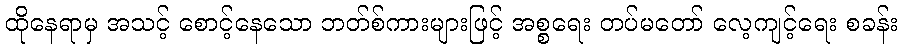
ထိုနေရာမှ အသင့် စောင့်နေသော ဘတ်စ်ကားများဖြင့် အစ္စရေး တပ်မတော် လေ့ကျင့်ရေး စခန်း